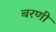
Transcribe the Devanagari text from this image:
बरणी